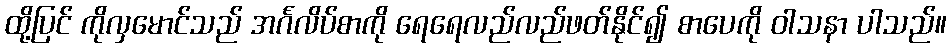
ထို့ပြင် ကိုလှမောင်သည် အင်္ဂလိပ်စာကို ရေရေလည်လည်ဖတ်နိုင်၍ စာပေကို ဝါသနာ ပါသည်။